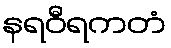
နရဝီရကတံ